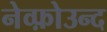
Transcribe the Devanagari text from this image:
नेव्फ़ोउन्द